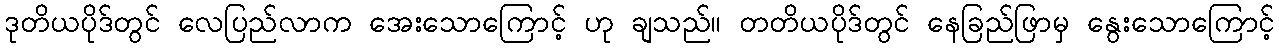
ဒုတိယပိုဒ်တွင် လေပြည်လာက အေးသောကြောင့် ဟု ချသည်။ တတိယပိုဒ်တွင် နေခြည်ဖြာမှ နွေးသောကြောင့်